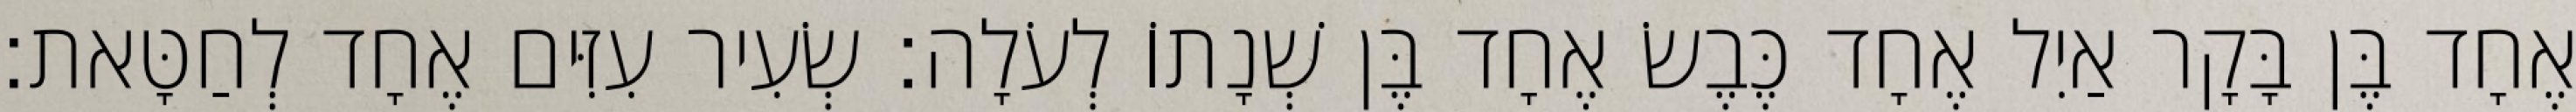
אֶחָד בֶּן בָּקָר אַיִל אֶחָד כֶּבֶשׂ אֶחָד בֶּן שְׁנָתוֹ לְעֹלָה׃ שְׂעִיר עִזִּים אֶחָד לְחַטָּאת׃